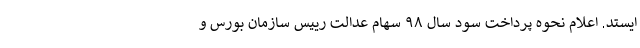
ایستد. اعلام نحوه پرداخت سود سال ۹۸ سهام عدالت رییس سازمان بورس و